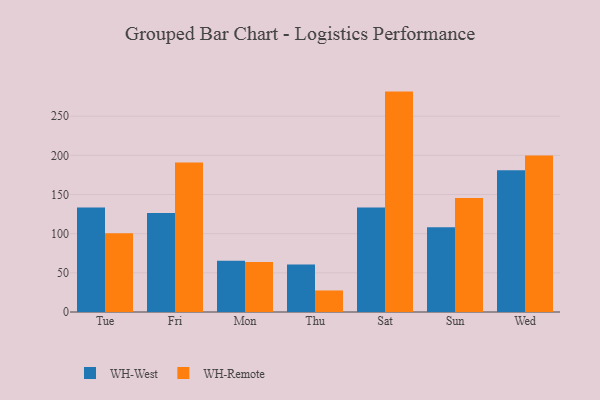
{"axis": {"x": "Day", "y": "Tickets Resolved"}, "legend": ["WH-Remote", "WH-West"], "data": [{"x": "Tue", "y": 133.3, "type": "WH-West"}, {"x": "Tue", "y": 100.7, "type": "WH-Remote"}, {"x": "Fri", "y": 126.5, "type": "WH-West"}, {"x": "Fri", "y": 190.9, "type": "WH-Remote"}, {"x": "Mon", "y": 65.5, "type": "WH-West"}, {"x": "Mon", "y": 63.8, "type": "WH-Remote"}, {"x": "Thu", "y": 60.6, "type": "WH-West"}, {"x": "Thu", "y": 27.5, "type": "WH-Remote"}, {"x": "Sat", "y": 133.5, "type": "WH-West"}, {"x": "Sat", "y": 281.4, "type": "WH-Remote"}, {"x": "Sun", "y": 108.1, "type": "WH-West"}, {"x": "Sun", "y": 145.4, "type": "WH-Remote"}, {"x": "Wed", "y": 180.9, "type": "WH-West"}, {"x": "Wed", "y": 199.9, "type": "WH-Remote"}]}